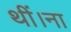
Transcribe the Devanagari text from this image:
थीं।ना